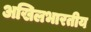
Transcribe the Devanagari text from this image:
अखिलभारतीय